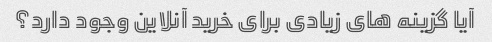
آیا گزینه های زیادی برای خرید آنلاین وجود دارد؟